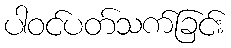
ပါဝင်ပတ်သက်ခြင်း